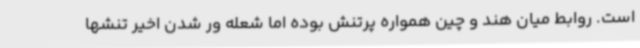
است. روابط میان هند و چین همواره پرتنش بوده اما شعله ور شدن اخیر تنشها